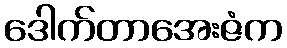
ဒေါက်တာအေးဇံက